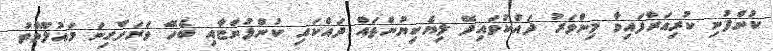
ކުންފުނި ކުރިއަރާފައިވާ މިންވަރު ދައްކުވައިދޭ ލިޔެކިޔުންތައް ދައްކައި ކުންފުންޏާއި ބެހޭ ވަރަށްގިނަ މައުލޫމާތު